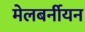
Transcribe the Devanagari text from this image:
मेलबर्नीयन